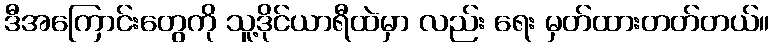
ဒီအကြောင်းတွေကို သူ့ဒိုင်ယာရီထဲမှာ လည်း ရေး မှတ်ထားတတ်တယ်။